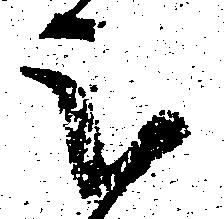
被